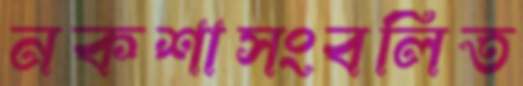
নকশাসংবলিত